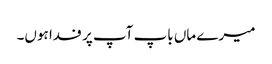
میرے ماں باپ آپ پر فدا ہوں۔